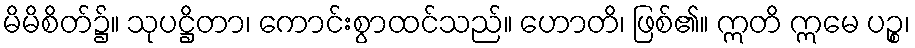
မိမိစိတ်၌။ သုပဋ္ဌိတာ၊ ကောင်းစွာထင်သည်။ ဟောတိ၊ ဖြစ်၏။ ဣတိ ဣမေ ပဉ္စ၊